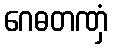
ဂေဓတဏှံ